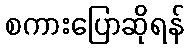
စကားပြောဆိုရန်